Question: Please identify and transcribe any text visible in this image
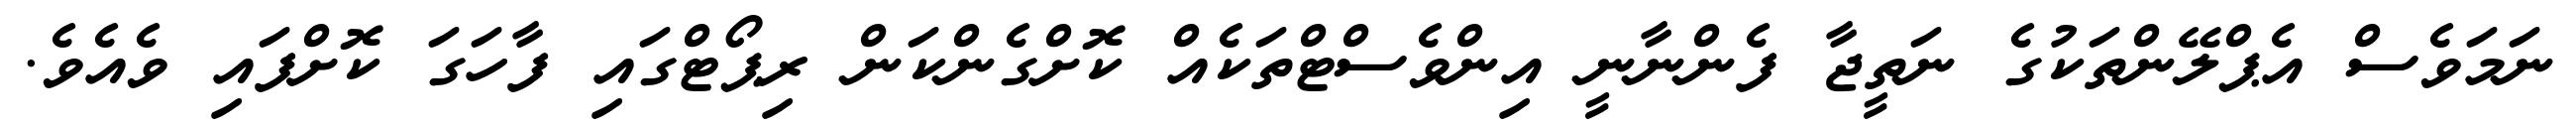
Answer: ނަމަވެސް އެޕްލޭންތަކުގެ ނަތީޖާ ފެންނާނީ އިންވެސްޓްތަކެއް ކޮށްގެންކަން ރިޕޯޓްގައި ފާހަގަ ކޮށްފައި ވެއެވެ.